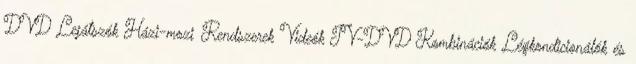
DVD Lejátszók Házi-mozi Rendszerek Videók TV-DVD Kombinációk Légkondicionálók és